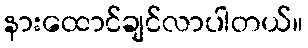
နားထောင်ချင်လာပါတယ်။